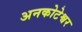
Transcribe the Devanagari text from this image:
अनकोटेश्वर